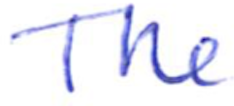
Text: The
Cross-out: clean
Writing tool: ballpoint